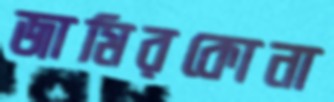
জামিরকোনা